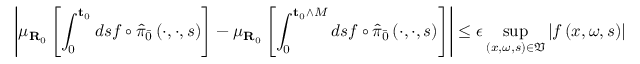
\left\vert \mu _ { \mathbf { R } _ { 0 } } \left[ \int _ { 0 } ^ { \mathbf { t } _ { 0 } } d s f \circ \hat { \pi } _ { \bar { 0 } } \left( \cdot , \cdot , s \right) \right] - \mu _ { \mathbf { R } _ { 0 } } \left[ \int _ { 0 } ^ { \mathbf { t } _ { 0 } \wedge M } d s f \circ \hat { \pi } _ { \bar { 0 } } \left( \cdot , \cdot , s \right) \right] \right\vert \leq \epsilon \operatorname* { s u p } _ { \left( x , \omega , s \right) \in \mathfrak { V } } \left\vert f \left( x , \omega , s \right) \right\vert